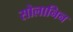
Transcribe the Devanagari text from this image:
सोलानिन